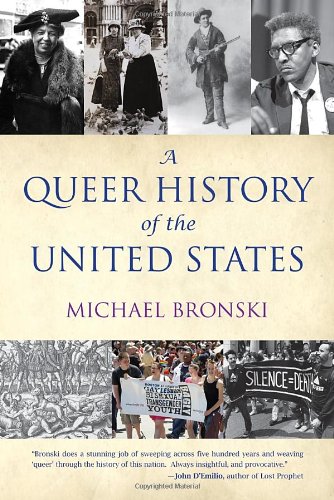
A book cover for A Queer History of the United States (ReVisioning American History); Michael Bronski; Gay & Lesbian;